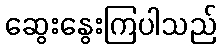
ဆွေးနွေးကြပါသည်